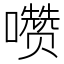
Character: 𰉄